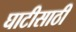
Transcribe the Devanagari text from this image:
घाटीसाठी